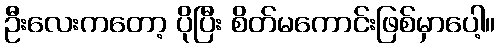
ဦးလေးကတော့ ပိုပြီး စိတ်မကောင်းဖြစ်မှာပေါ့။